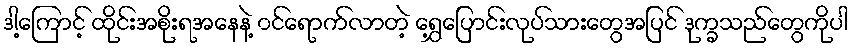
ဒါ့ကြောင့် ထိုင်းအစိုးရအနေနဲ့ ၀င်ရောက်လာတဲ့ ရွှေ့ပြောင်းလုပ်သားတွေအပြင် ဒုက္ခသည်တွေကိုပါ